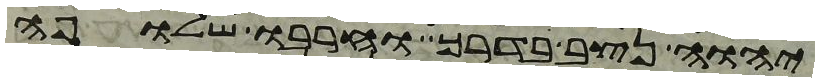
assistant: יהוה נצב בדרך וחרבו שלופה